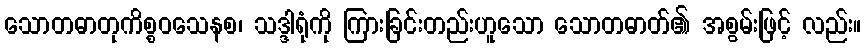
သောတဓာတုကိစ္စဝသေနစ၊ သဒ္ဒါရုံကို ကြားခြင်းတည်းဟူသော သောတဓာတ်၏ အစွမ်းဖြင့် လည်း။